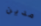
مدين